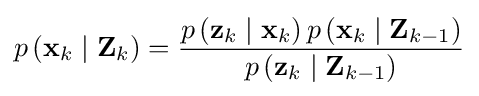
p\left(\mathbf {x} _{k}\mid \mathbf {Z} _{k}\right)={\frac {p\left(\mathbf {z} _{k}\mid \mathbf {x} _{k}\right)p\left(\mathbf {x} _{k}\mid \mathbf {Z} _{k-1}\right)}{p\left(\mathbf {z} _{k}\mid \mathbf {Z} _{k-1}\right)}}